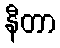
နီတာ